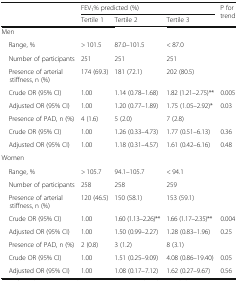
<table><thead><tr><td rowspan="2">[EMPTY_CELL]</td><td colspan="3"><b>FEV<sub>1</sub>% predicted (%)</b></td><td rowspan="2"><b>P for trend</b></td></tr><tr><td><b>Tertile 1</b></td><td><b>Tertile 2</b></td><td><b>Tertile 3</b></td></tr></thead><tbody><tr><td colspan="5">Men</td></tr><tr><td> Range, %</td><td>&gt; 101.5</td><td>87.0–101.5</td><td>&lt; 87.0</td><td>[EMPTY_CELL]</td></tr><tr><td> Number of participants</td><td>251</td><td>251</td><td>251</td><td>[EMPTY_CELL]</td></tr><tr><td> Presence of arterial stiffness, n (%)</td><td>174 (69.3)</td><td>181 (72.1)</td><td>202 (80.5)</td><td>[EMPTY_CELL]</td></tr><tr><td> Crude OR (95% CI)</td><td>1.00</td><td>1.14 (0.78–1.68)</td><td>1.82 (1.21–2.75)**</td><td>0.005</td></tr><tr><td> Adjusted OR (95% CI)</td><td>1.00</td><td>1.20 (0.77–1.89)</td><td>1.75 (1.05–2.92)*</td><td>0.03</td></tr><tr><td> Presence of PAD, n (%)</td><td>4 (1.6)</td><td>5 (2.0)</td><td>7 (2.8)</td><td>[EMPTY_CELL]</td></tr><tr><td> Crude OR (95% CI)</td><td>1.00</td><td>1.26 (0.33–4.73)</td><td>1.77 (0.51–6.13)</td><td>0.36</td></tr><tr><td> Adjusted OR (95% CI)</td><td>1.00</td><td>1.18 (0.31–4.57)</td><td>1.61 (0.42–6.16)</td><td>0.48</td></tr><tr><td colspan="5">Women</td></tr><tr><td> Range, %</td><td>&gt; 105.7</td><td>94.1–105.7</td><td>&lt; 94.1</td><td>[EMPTY_CELL]</td></tr><tr><td> Number of participants</td><td>258</td><td>258</td><td>259</td><td>[EMPTY_CELL]</td></tr><tr><td> Presence of arterial stiffness, n (%)</td><td>120 (46.5)</td><td>150 (58.1)</td><td>153 (59.1)</td><td>[EMPTY_CELL]</td></tr><tr><td> Crude OR (95% CI)</td><td>1.00</td><td>1.60 (1.13–2.26)**</td><td>1.66 (1.17–2.35)**</td><td>0.004</td></tr><tr><td> Adjusted OR (95% CI)</td><td>1.00</td><td>1.50 (0.99–2.27)</td><td>1.28 (0.83–1.96)</td><td>0.25</td></tr><tr><td> Presence of PAD, n (%)</td><td>2 (0.8)</td><td>3 (1.2)</td><td>8 (3.1)</td><td>[EMPTY_CELL]</td></tr><tr><td> Crude OR (95% CI)</td><td>1.00</td><td>1.51 (0.25–9.09)</td><td>4.08 (0.86–19.40)</td><td>0.05</td></tr><tr><td> Adjusted OR (95% CI)</td><td>1.00</td><td>1.08 (0.17–7.12)</td><td>1.62 (0.27–9.67)</td><td>0.56</td></tr></tbody></table>